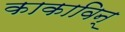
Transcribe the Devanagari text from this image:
काकाविन्